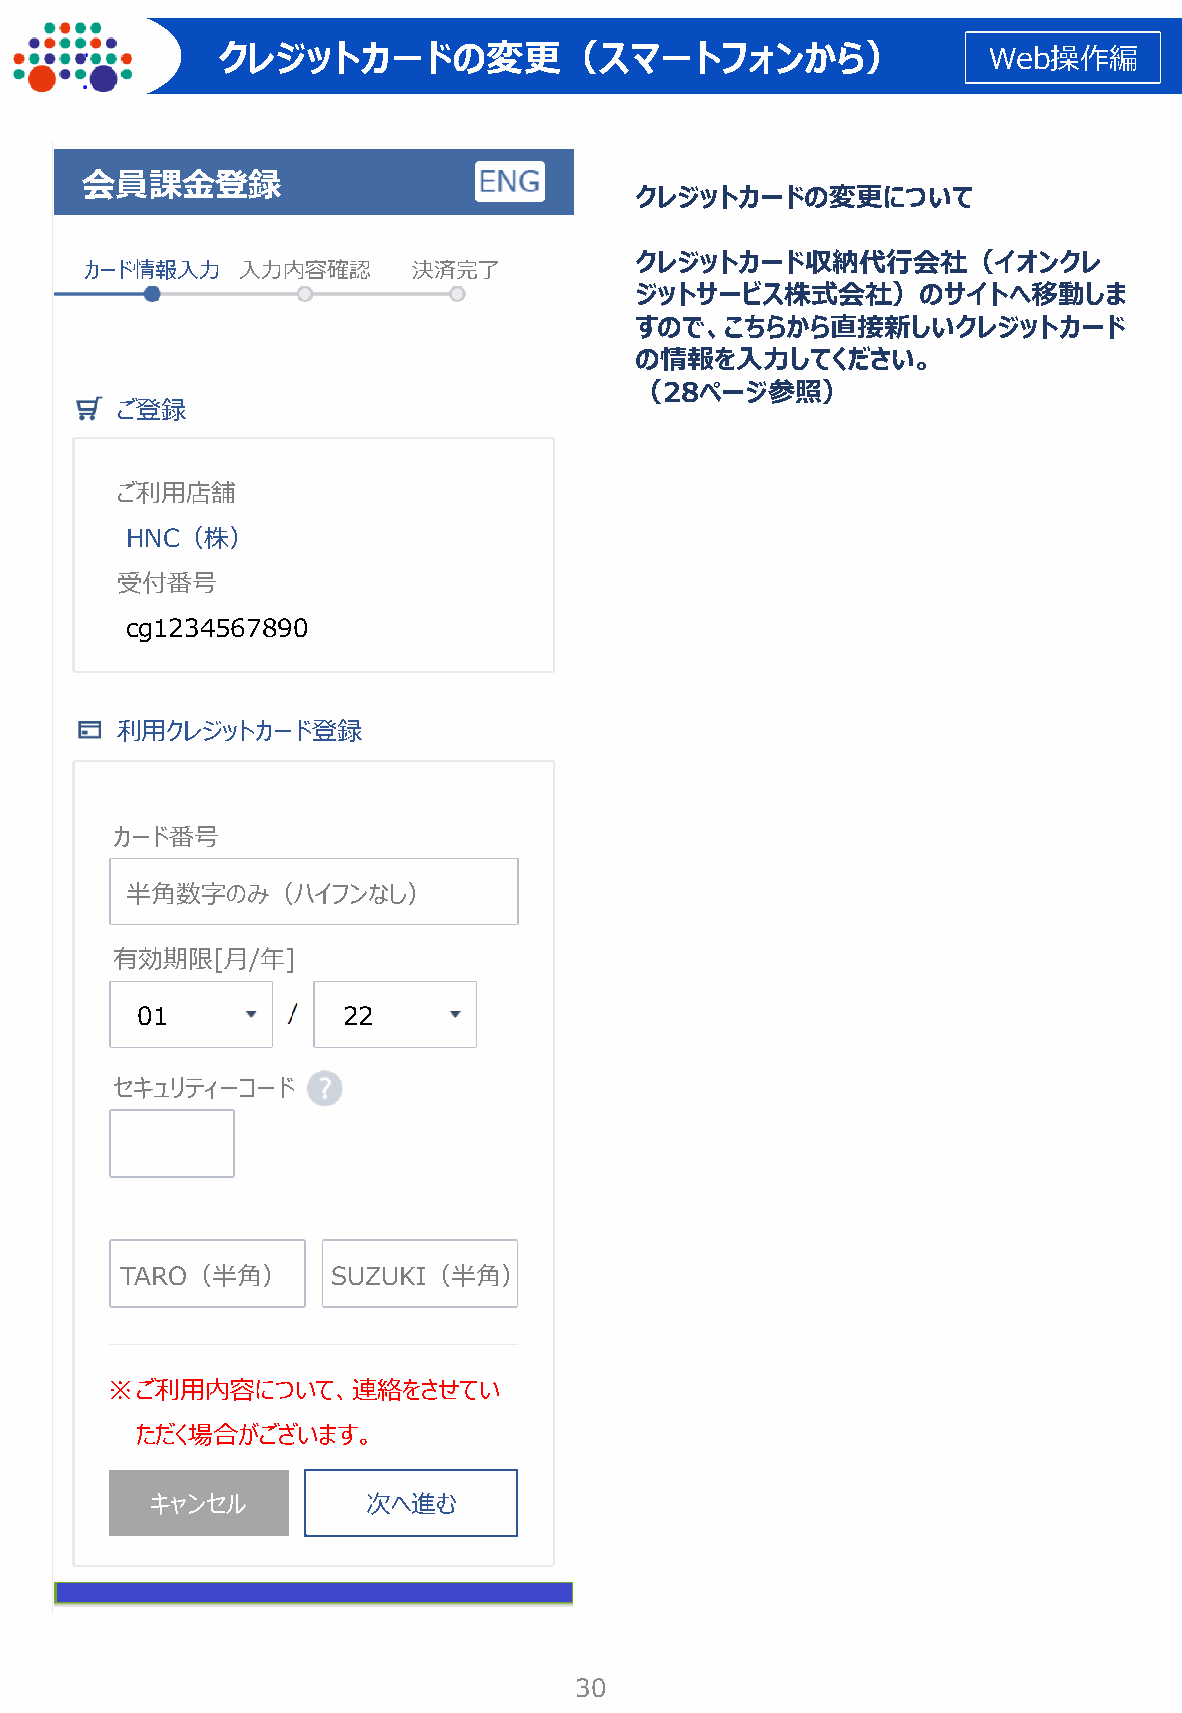
クレジットカードの変更（スマートフォンから）                             Web操作編
 会員課金登録
 クレジットカードの変更について
 クレジットカード収納代行会社（イオンクレ
 カード情報入力   入力内容確認     決済完了
 ジットサービス株式会社）のサイトへ移動しま
 すので、こちらから直接新しいクレジットカード
 の情報を入力してください。
 （28ページ参照）
 ご登録
 ご利用店舗
 HNC（株）
 受付番号
 cg1234567890
 利用クレジットカード登録
 カード番号
 半角数字のみ（ハイフンなし）
 有効期限[月/年]
 01            22
 セキュリティーコード
 TARO（半角）      SUZUKI（半角）
 ※ご利用内容について、連絡をさせてい
 ただく場合がございます。
 キャンセル         次へ進む
 30